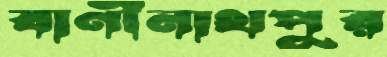
বাণীনাথপুর